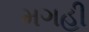
મગહી